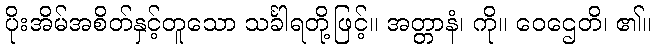
ပိုးအိမ်အစိတ်နှင့်တူသော သင်္ခါရတို့ဖြင့်။ အတ္တာနံ၊ ကို။ ဝေဌေတိ၊ ၏။